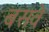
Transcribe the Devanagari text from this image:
बसवे